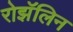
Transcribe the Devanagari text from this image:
रोझॅलिन